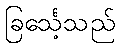
ခြင်္သေ့သည်